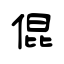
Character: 倱